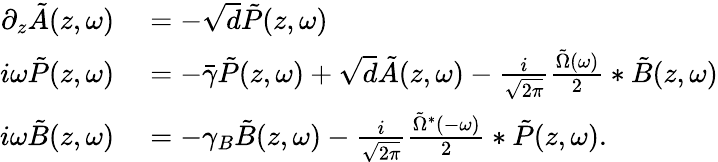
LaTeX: \begin{array}{rl}{\partial_{z}\tilde{A}(z,\omega)}&{{}=-\sqrt{d}\tilde{P}(z,\omega)}\\ {i\omega\tilde{P}(z,\omega)}&{{}=-\bar{\gamma}\tilde{P}(z,\omega)+\sqrt{d}\tilde{A}(z,\omega)-\frac{i}{\sqrt{2\pi}}\frac{\tilde{\Omega}(\omega)}{2}*\tilde{B}(z,\omega)}\\ {i\omega\tilde{B}(z,\omega)}&{{}=-\gamma_{B}\tilde{B}(z,\omega)-\frac{i}{\sqrt{2\pi}}\frac{\tilde{\Omega}^{*}(-\omega)}{2}*\tilde{P}(z,\omega).}\end{array}